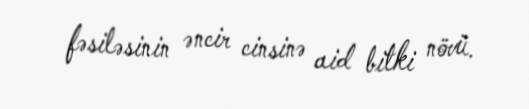
fəsiləsinin əncir cinsinə aid bitki növü.